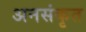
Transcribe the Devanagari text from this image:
अनसंकृत